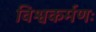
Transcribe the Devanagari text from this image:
विश्वकर्मणः